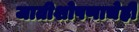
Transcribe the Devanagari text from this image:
जातीशोषणाचेही